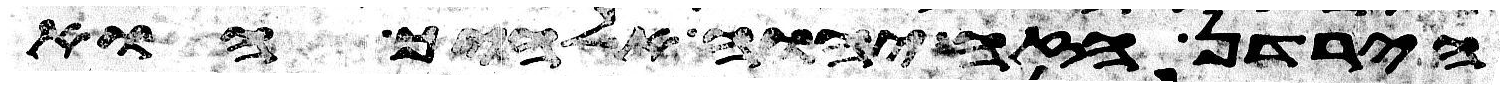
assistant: הירדן הזה יהוה אלהיך הוא